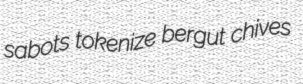
sabots tokenize bergut chives